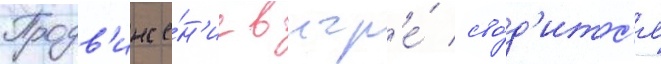
Продв'иже́н'ие в игр'е́ сво́д'итс'я